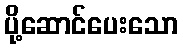
ပို့ဆောင်ပေးသော